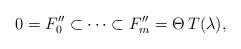
LaTeX: \begin{align*} 0 = F''_0 \subset \cdots \subset F''_m = \Theta\, T(\lambda), \end{align*}